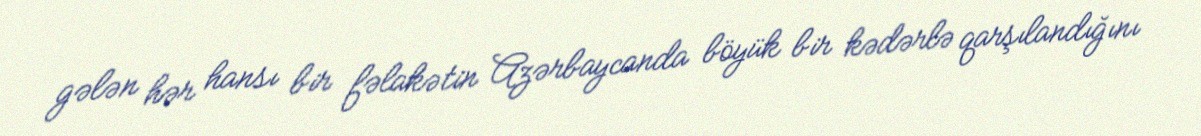
gələn hər hansı bir fəlakətin Azərbaycanda böyük bir kədərlə qarşılandığını